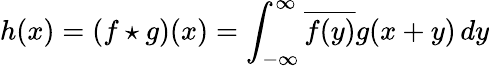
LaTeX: h(x)=(f\star g)(x)=\int_{-\infty}^{\infty}{\overline{{f(y)}}}g(x+y)\, dy